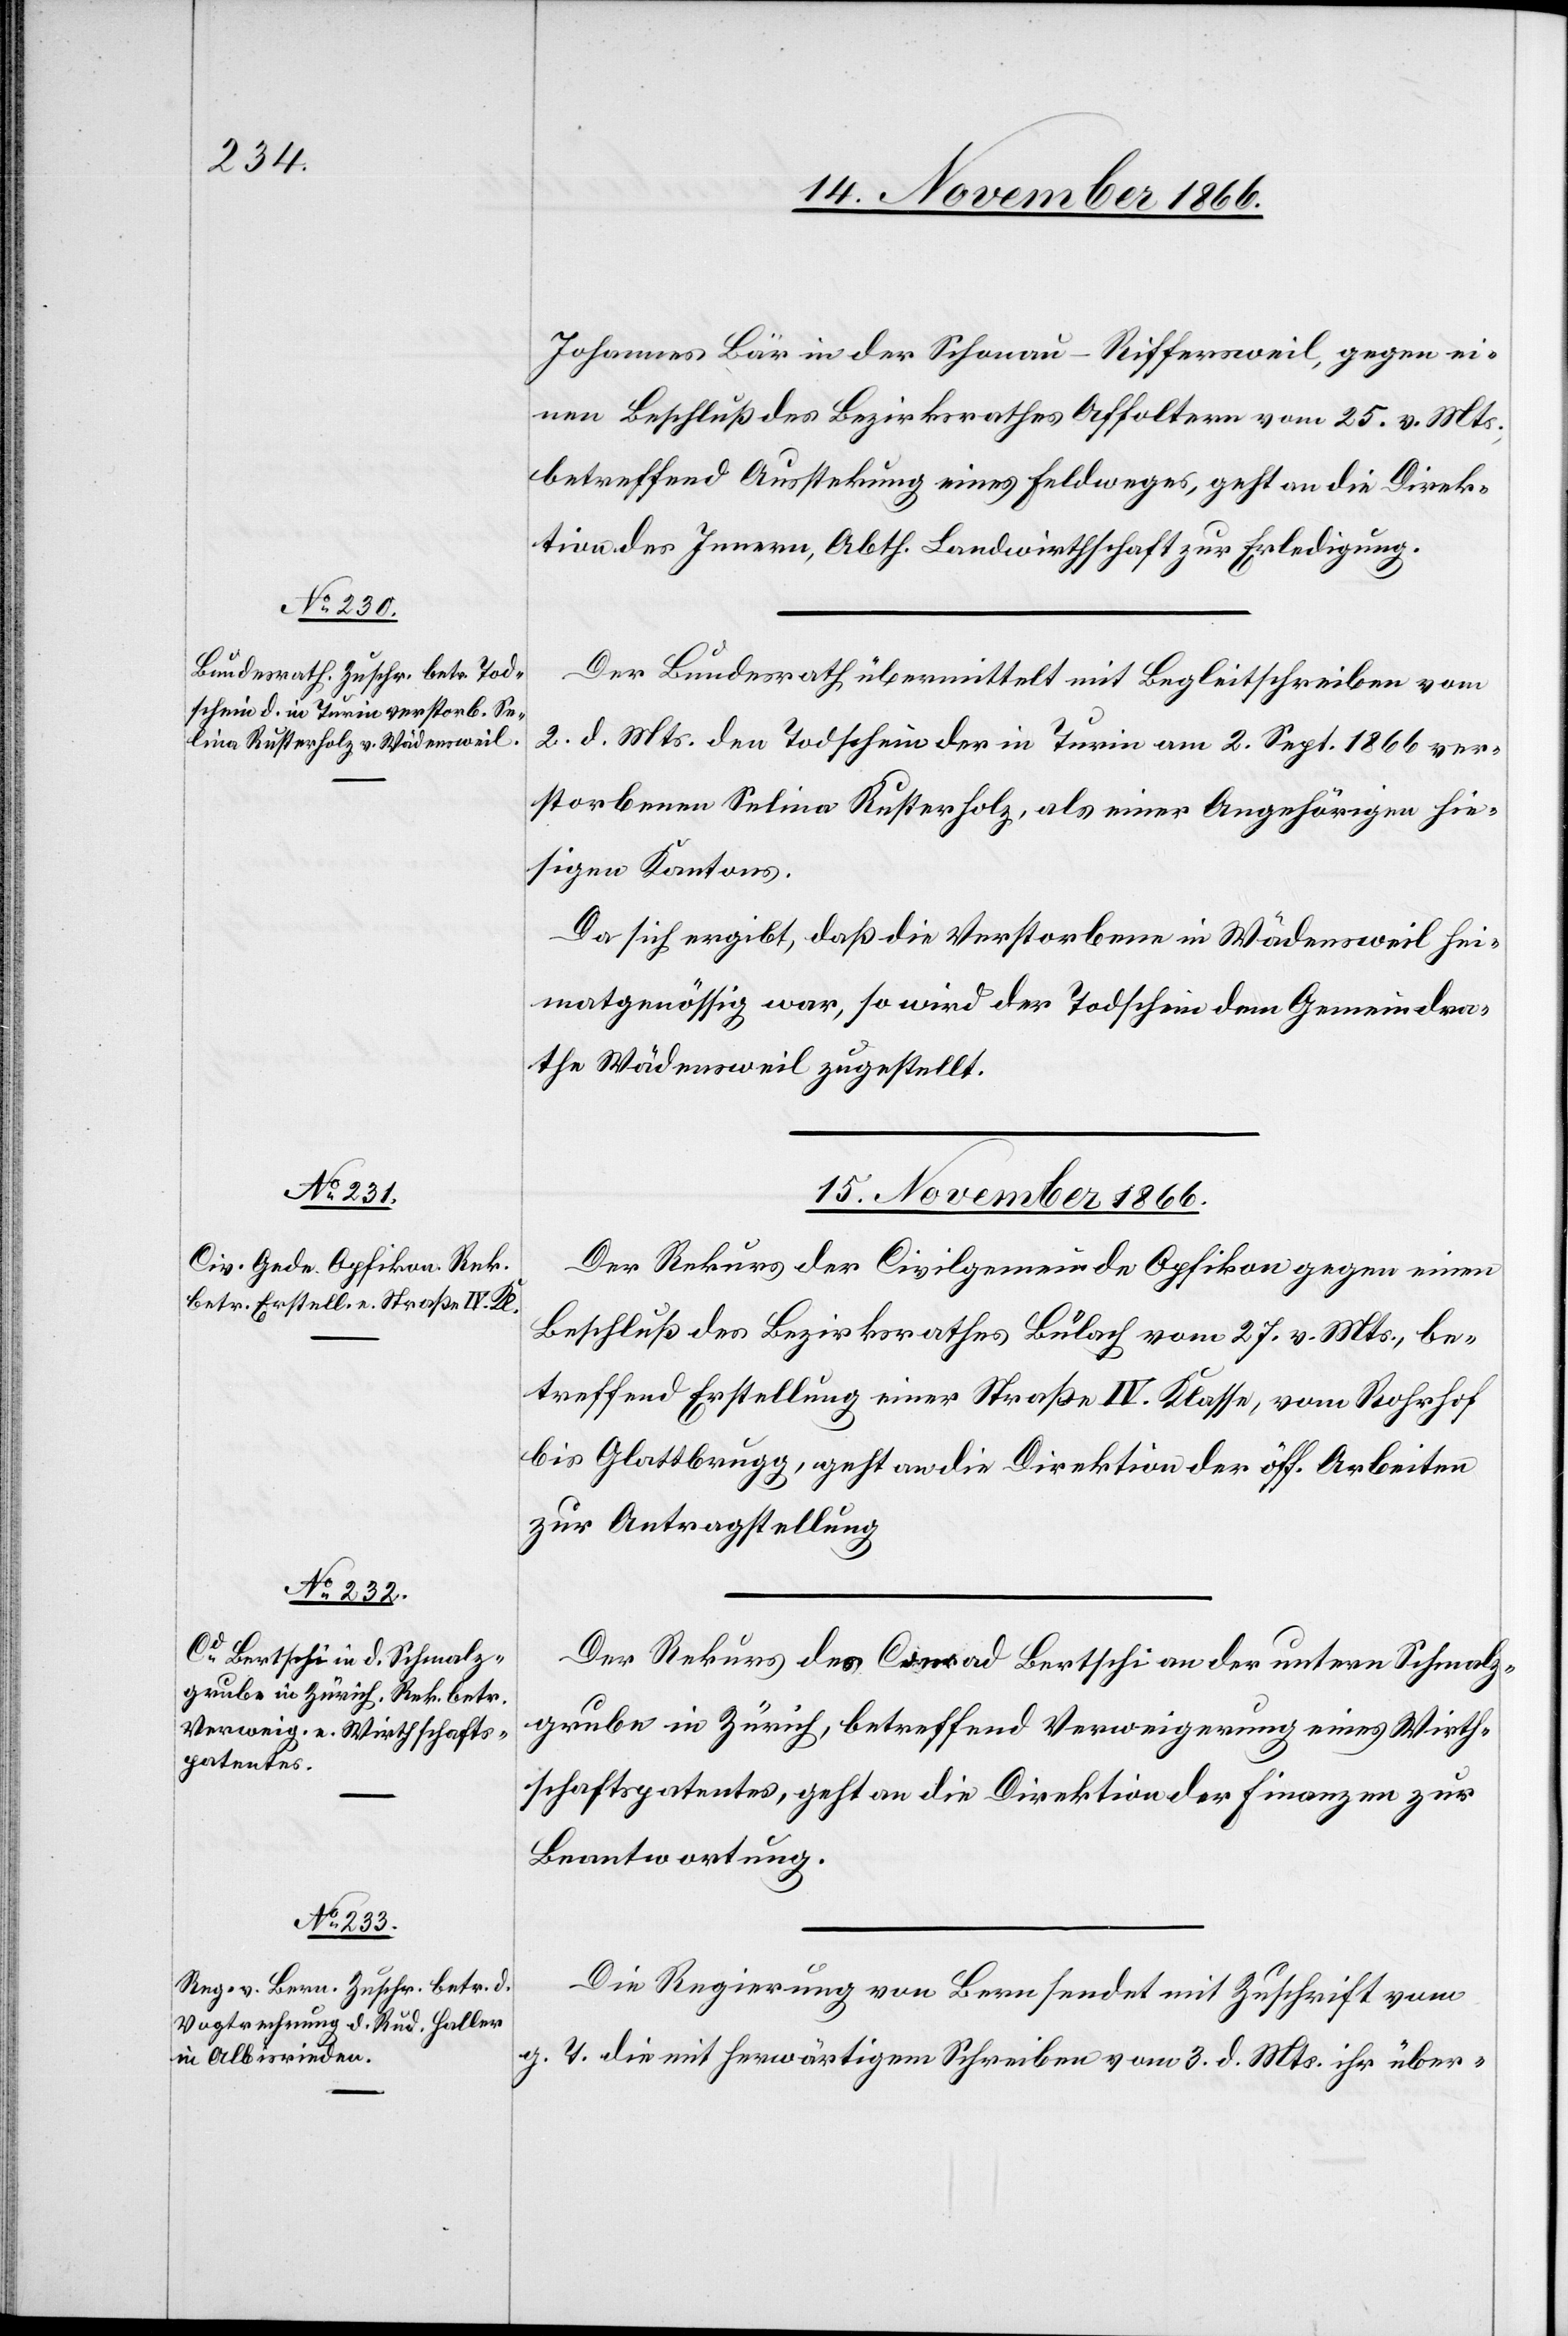
14. November 1866.]
Johannes Bär in der Schonau-Riffersweil, gegen ei¬
nen Beschluß des Bezirksrathes Affoltern vom 25. v. Mts.,
betreffend Ausstekung eines Feldweges, geht an die Direk¬
tion des Innern, Abth. Landwirthschaft, zur Erledigung.
Der Bundesrath übermittelt mit Begleitschreiben vom
2. d. Mts. den Todschein der in Turin am 2. Sept. 1866 ver¬
storbenen Selina Rusterholz, als einer Angehörigen hie¬
sigen Kantons.
Da sich ergibt, daß die Verstorbene in Wädensweil hei¬
matgenössig war, so wird der Todschein dem Gemeindra¬
the Wädensweil zugestellt.
15. November 1866.]
Der Rekurs der Civilgemeinde Opfikon gegen einen
Beschluß des Bezirksrathes Bülach vom 27. v. Mts., be¬
treffend Erstellung einer Straße IV. Klasse, vom Rohrhof
bis Glattbrugg, geht an die Direktion der öff. Arbeiten
zur Antragstellung.
Der Rekurs des Conrad Bertschi an der untern Schmalz¬
grube in Zürich, betreffend Verweigerung eines Wirth¬
schaftspatentes, geht an die Direktion der Finanzen zur
Beantwortung.
Die Regierung von Bern sendet mit Zuschrift vom
g. T. die mit herwärtigem Schreiben vom 3. d. Mts. ihr über-